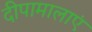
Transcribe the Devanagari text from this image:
दीपामालाएं